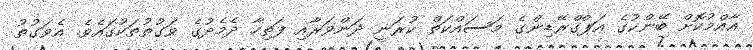
އާއްމުކޮށް ބޭންކުގެ އަޕްގްރޭޑިންގެ މަސައްކަތް ކުރަނީ ދަންވަރާއި ފަތިހާ ދެމެދުގެ ވަގުތުތަކުގައެވެ. އެވަގުތު